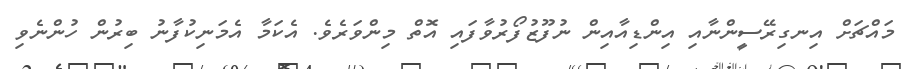
މައްޗަށް އިނގިރޭސީންނާއި އިންޑިއާއިން ނުފޫޒުފޯރުވާފައި އޮތް މިންވަރެވެ. އެކަމާ އެމަނިކުފާނު ބިރުން ހުންނެވި